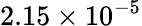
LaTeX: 2.15\times 10^{-5}